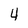
Character: 4